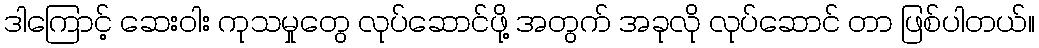
ဒါကြောင့် ဆေးဝါး ကုသမှုတွေ လုပ်ဆောင်ဖို့ အတွက် အခုလို လုပ်ဆောင် တာ ဖြစ်ပါတယ်။